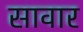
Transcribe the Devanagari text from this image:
सावार